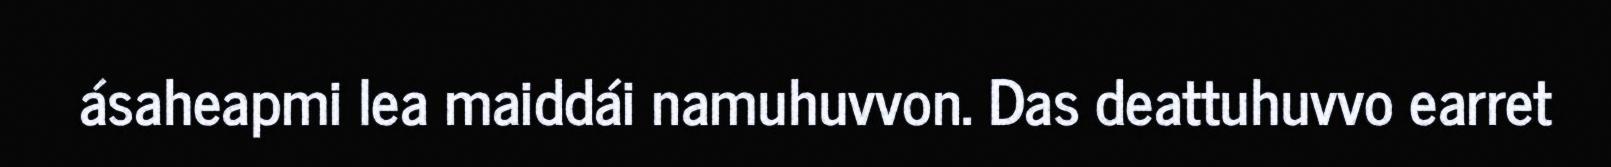
ásaheapmi lea maiddái namuhuvvon. Das deattuhuvvo earret